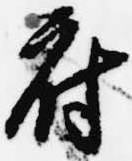
府